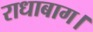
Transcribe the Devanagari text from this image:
राधाबाग।